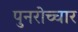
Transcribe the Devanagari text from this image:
पुनरोच्चार